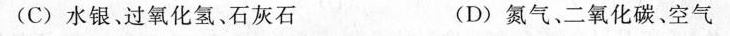
(C)水银、过氧化氢、石灰石 (D)氮气、二氧化碳、空气